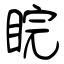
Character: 睆